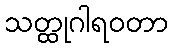
သတ္ထုဂါရဝတာ